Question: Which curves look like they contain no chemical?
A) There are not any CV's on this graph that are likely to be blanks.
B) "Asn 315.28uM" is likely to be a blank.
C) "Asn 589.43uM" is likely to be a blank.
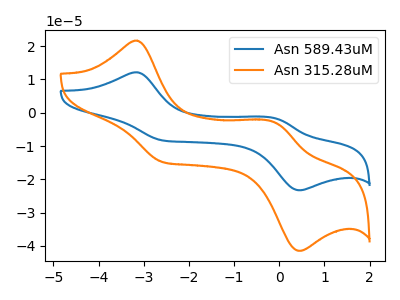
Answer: <think>The blue curve "Asn 589.43uM" has anodic peaks at (-3.15V, 12.15uA) (-0.10V, -1.65uA) and cathodic peaks at (-2.60V, -8.30uA) (0.45V, -23.25uA). The orange curve "Asn 315.28uM" has anodic peaks at (-3.15V, 21.65uA) (-0.10V, -2.90uA) and cathodic peaks at (-2.60V, -14.80uA) (0.45V, -41.45uA).</think>
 <answer>A) There are not any CV's on this graph that are likely to be blanks.</answer>
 <eval>A</eval>